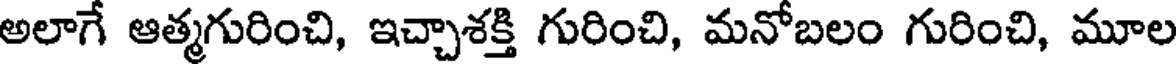
అలాగే ఆత్మగురించి, ఇచ్చాశక్తి గురించి, మనోబలం గురించి, మూల